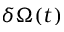
\delta \Omega ( t )